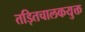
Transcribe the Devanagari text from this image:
तड़ितचालकयुक्त